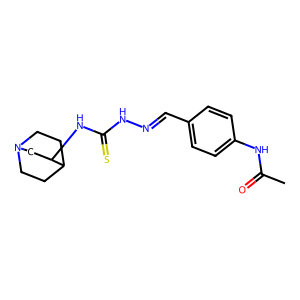
SMILES: CC(=O)Nc1ccc(C=NNC(=S)NC2CN3CCC2CC3)cc1
Inhibits HIV replication: No